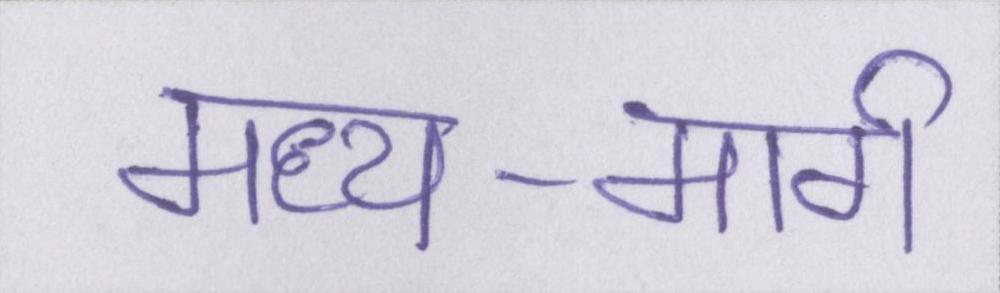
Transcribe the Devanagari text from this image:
मध्य-मार्ग